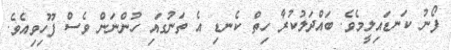
ފޯނު ކަނޑައިލީމެވެ. ބައްދަލުކުރާ ހިތް ކެނޑި އެ ތަނުގައި ހުންނަން ވެސް ފޫހިވިއެވެ.